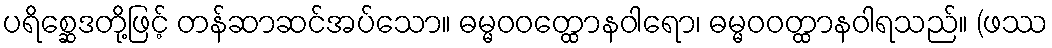
ပရိစ္ဆေဒတို့ဖြင့် တန်ဆာဆင်အပ်သော။ ဓမ္မဝဝတ္ထောနဝါရော၊ ဓမ္မဝဝတ္ထာနဝါရသည်။ (ဖဿ